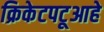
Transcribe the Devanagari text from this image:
क्रिकेटपटूआहे